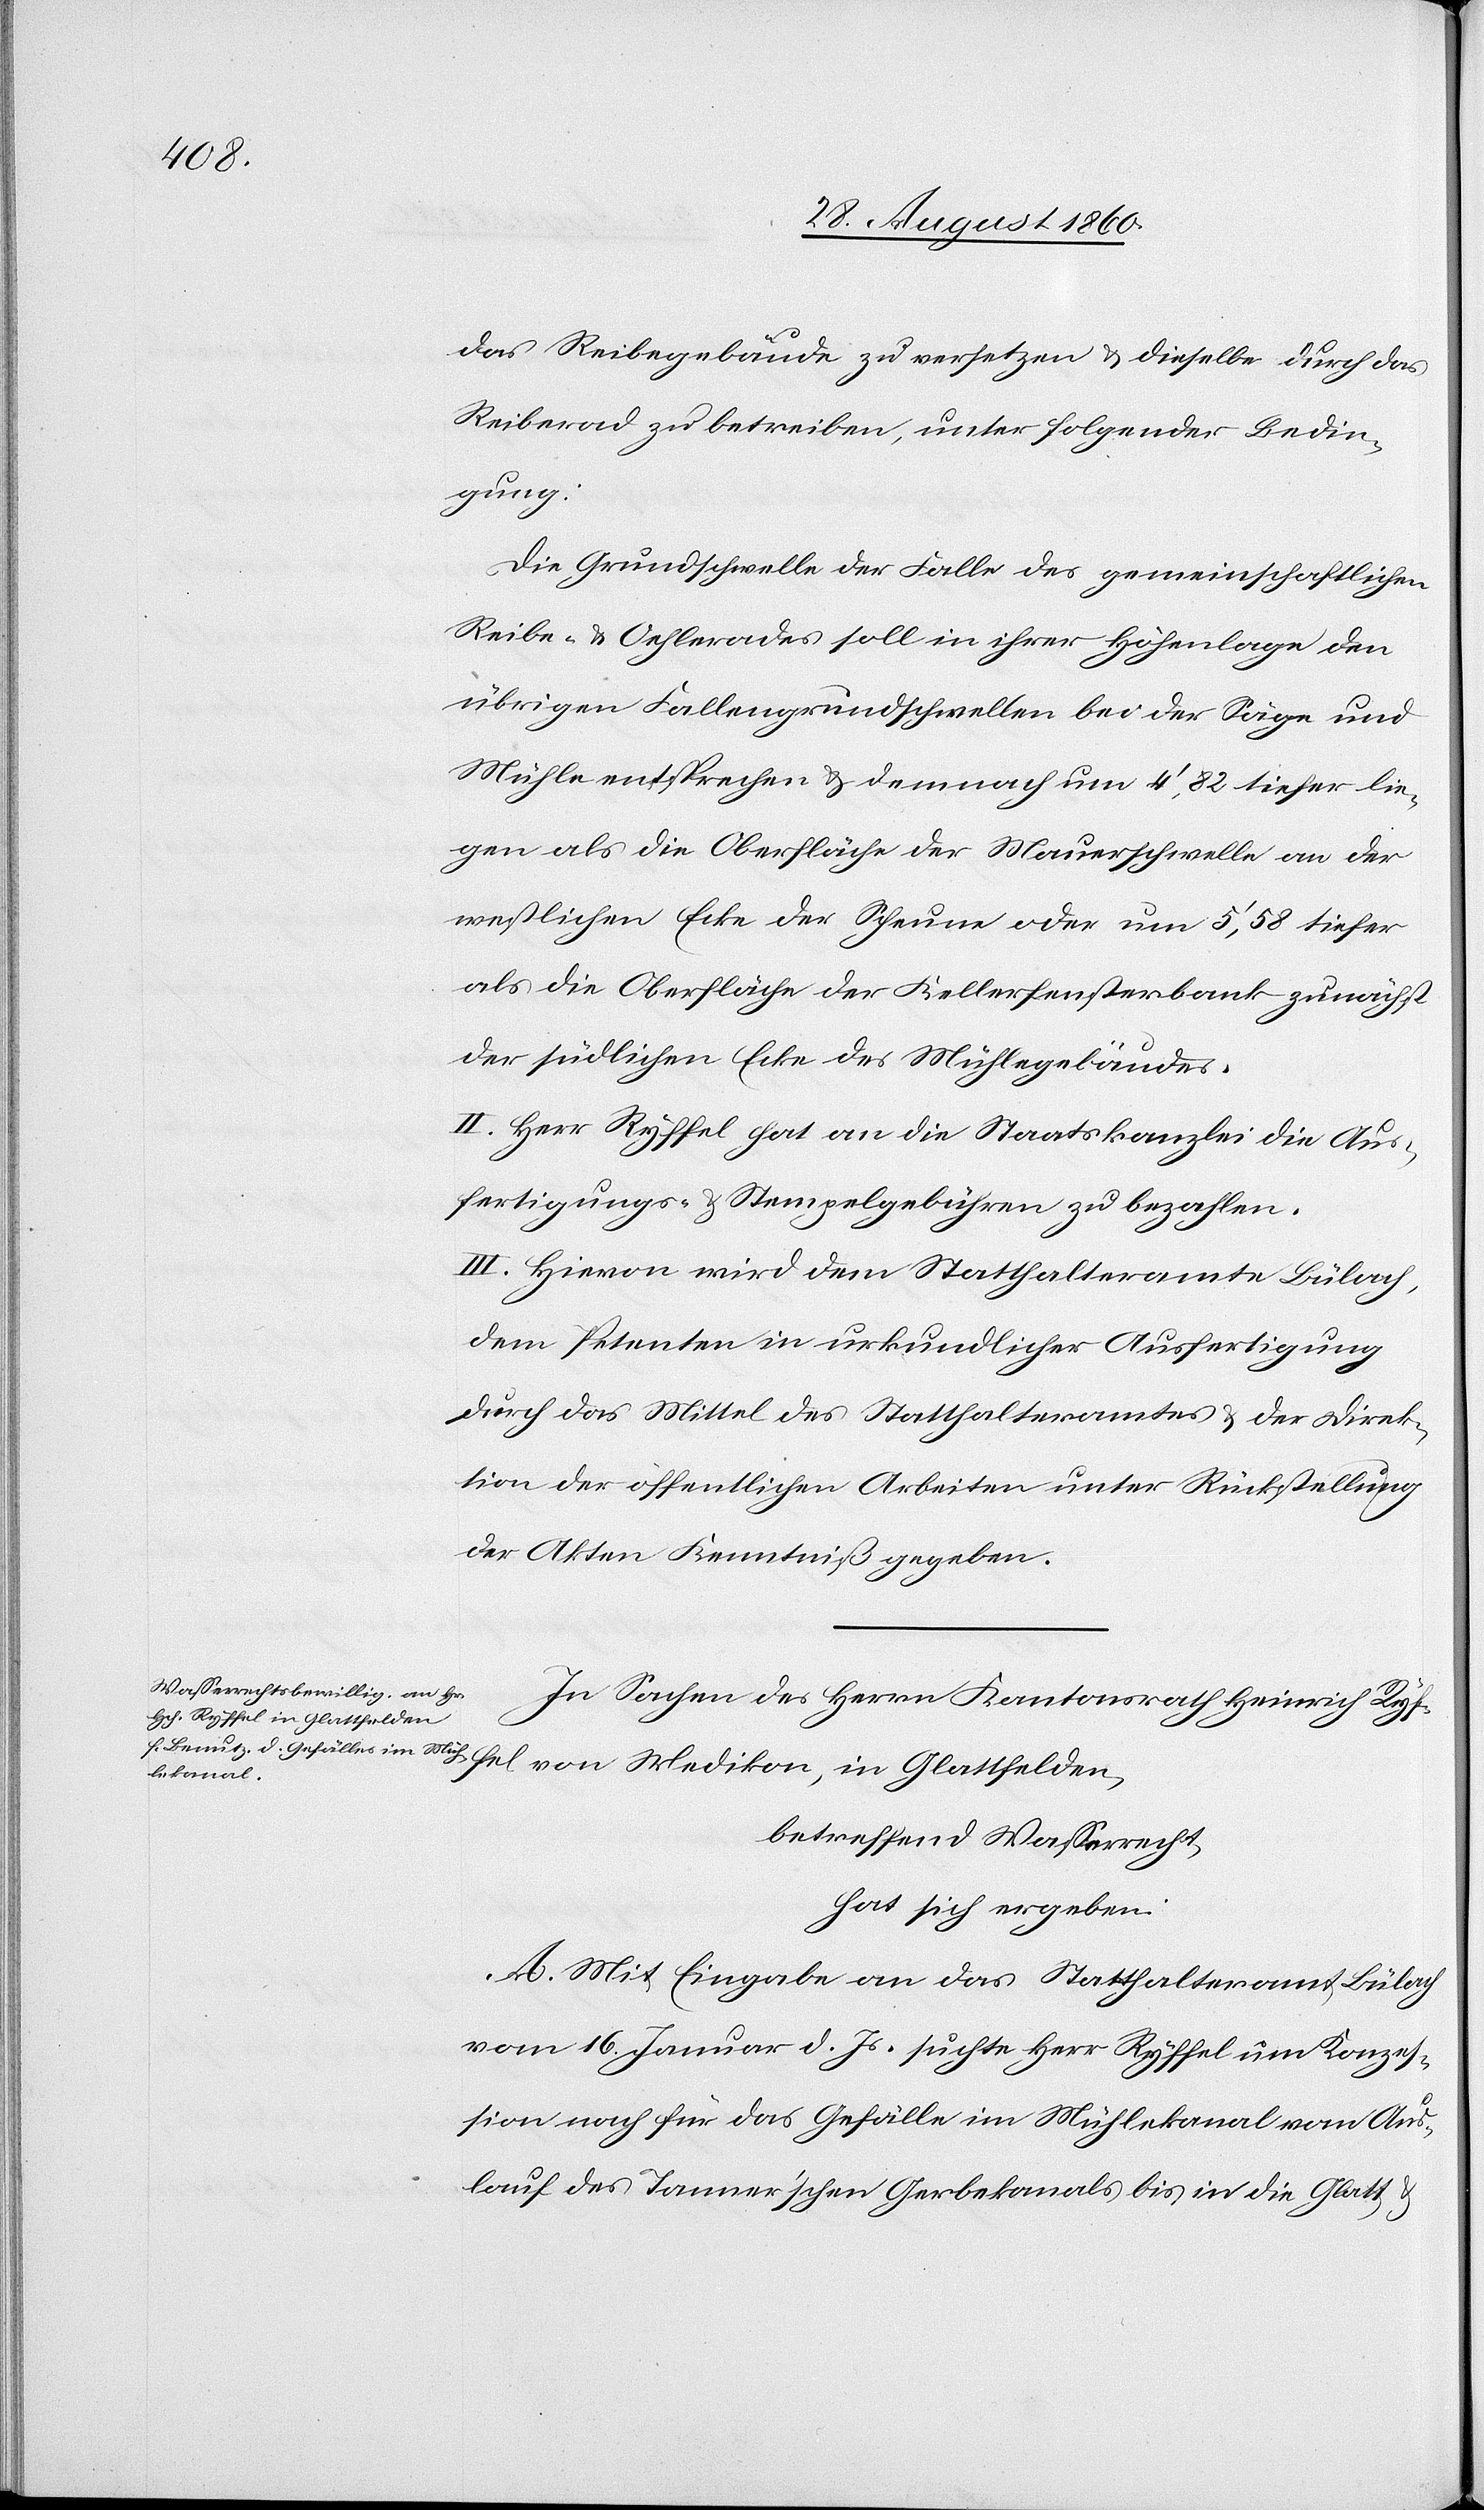
Reibegebäude zu versetzen u. dieselbe durch das
Reiberad zu betreiben, unter folgender Bedin¬
gung:
Die Grundschwelle der Falle des gemeinschaftlichen
Reibe- u. Öhlerades soll in ihrer Höhenlage den
übrigen Fallengrundschwellen bei der Säge u.
Mühle entsprechen u. demnach um 4’,82 tiefer lie¬
gen als die Oberfläche der Mauerschwelle an der
westlichen Ecke der Scheune oder um 5’,58 tiefer
als die Oberfläche der Kellerfensterbank zunächst
der südlichen Ecke des Mühlegebäudes.
II. Hr. Ryffel hat an die Staatskanzlei die Aus¬
fertigungs- u. Stempelgebühren zu bezahlen.
III. Hievon wird dem Statthalteramte Bülach,
dem Petenten in urkundlicher Ausfertigung
durch das Mittel des Statthalteramtes u. der Direk¬
tion der öffentlichen Arbeiten unter Rückstellung
der Akten, Kenntniss gegeben.
In Sachen des Herrn Kantonsrath Heinrich Ryffel
betreffend Wasserrecht:
hat sich ergeben:
A. Mit Eingabe an das Statthalteramt Bülach
vom 16. Jenner d. Js. suchte Hr. Ryffel um Konzes¬
sion nach für das Gefälle im Mühlekanal, vom Aus¬
lauf des Tannerschen Gerbekanals bis in die Glatt